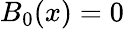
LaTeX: B_{0}(x)=0